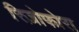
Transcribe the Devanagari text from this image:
रिज़ोफोरा